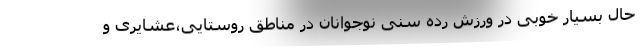
حال بسیار خوبی در ورزش رده سنی نوجوانان در مناطق روستایی،عشایری و